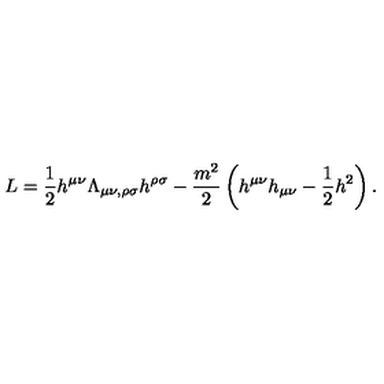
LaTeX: L = \frac { 1 } { 2 } h ^ { \mu \nu } \Lambda _ { \mu \nu , \rho \sigma } h ^ { \rho \sigma } - \frac { m ^ { 2 } } { 2 } \left( h ^ { \mu \nu } h _ { \mu \nu } - \frac { 1 } { 2 } h ^ { 2 } \right) .